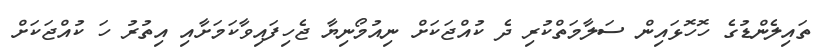
ތައިލެންޑުގެ ހޮހޮޅައިން ސަލާމަތްކުރި ދެ ކުއްޖަކަށް ނިއުމޯނިޔާ ޖެހިފައިވާކަމަށާއި އިތުރު ހަ ކުއްޖަކަށް